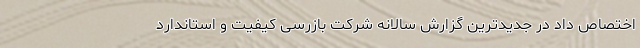
اختصاص داد در جدیدترین گزارش سالانه شرکت بازرسی کیفیت و استاندارد